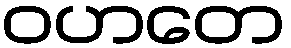
ဝဟတေ